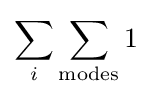
\sum _{i}\sum _{\rm {modes}}1